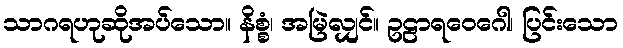
သာဂရဟုဆိုအပ်သော။ နိစ္စံ၊ အမြဲလျှင်။ ဥဠာရဝေဂေါ၊ ပြင်းသော